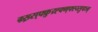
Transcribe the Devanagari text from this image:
म्र्ख्र्स्फ्क्रुय्र्ह्क्म्फ्स्य्सुफ्ज्व्